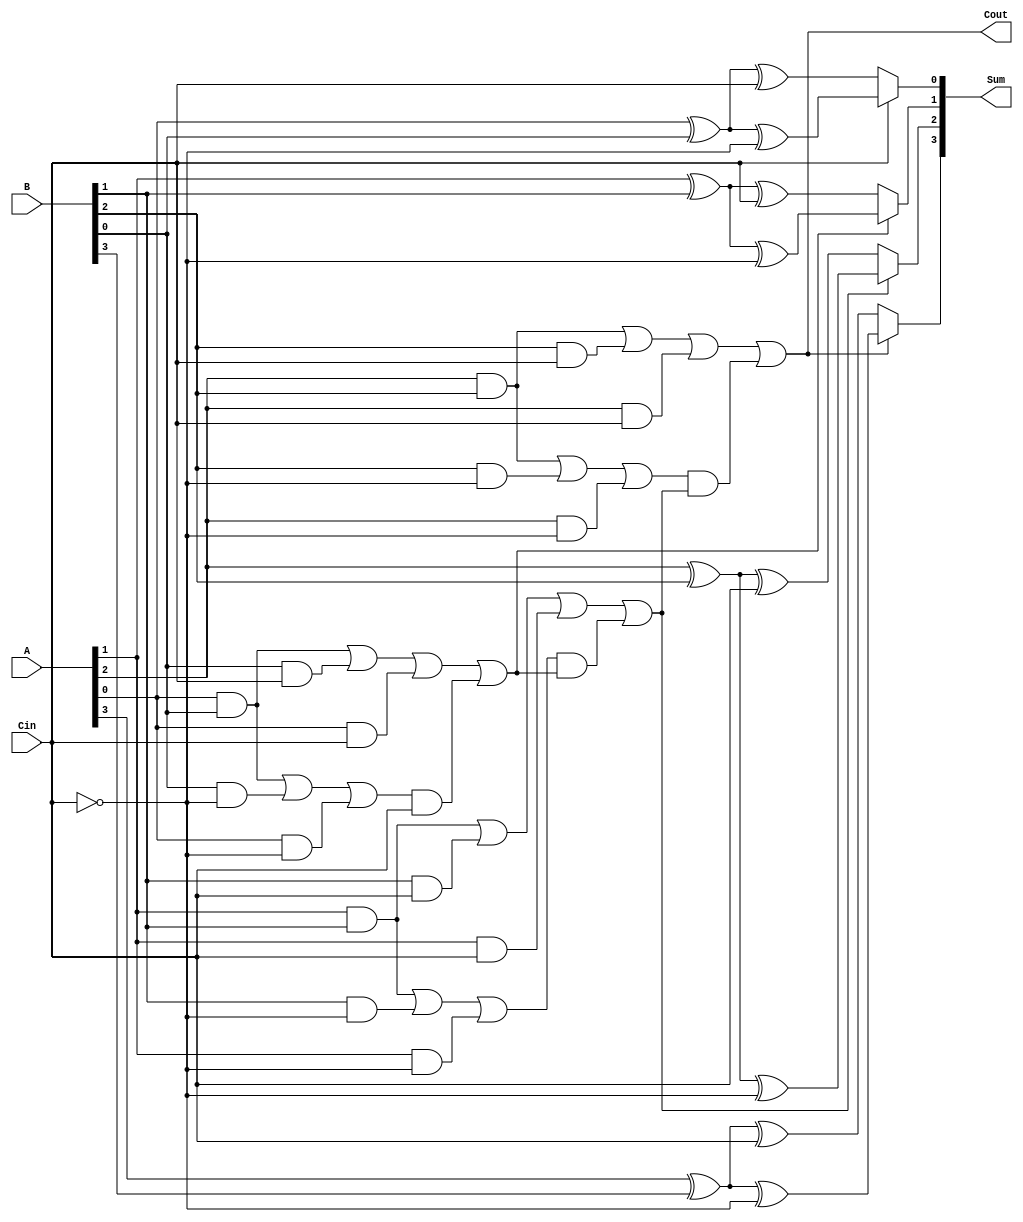
module conditional_sum_adder #(parameter N = 4) (
    input  [N-1:0] A,      // First n-bit input
    input  [N-1:0] B,      // Second n-bit input
    input         Cin,      // Carry-in
    output [N-1:0] Sum,     // n-bit sum output
    output        Cout       // Carry-out
);

    wire [N-1:0] S0;        // Partial sums when Cin = 0
    wire [N-1:0] S1;        // Partial sums when Cin = 1
    wire [N-1:0] C0;        // Carry-out when Cin = 0
    wire [N-1:0] C1;        // Carry-out when Cin = 1
    wire [N-1:0] carry;     // Carry signals for MUX selection

    // Generate partial sums and carry signals
    genvar i;
    generate
        for (i = 0; i < N; i = i + 1) begin : CSA
            // Partial sums
            assign S0[i] = A[i] ^ B[i] ^ Cin;                  // S0 when Cin = 0
            assign S1[i] = A[i] ^ B[i] ^ ~Cin;                 // S1 when Cin = 1
            
            // Carry generation
            assign C0[i] = (A[i] & B[i]) | (B[i] & Cin) | (A[i] & Cin); // Carry-out when Cin = 0
            assign C1[i] = (A[i] & B[i]) | (B[i] & ~Cin) | (A[i] & ~Cin); // Carry-out when Cin = 1
            
            // Carry selection
            if (i == 0) begin
                assign carry[i] = Cin; // First carry is the input Cin
            end else begin
                assign carry[i] = C0[i-1] | (C1[i-1] & carry[i-1]); // Carry selection logic
            end
        end
    endgenerate

    // Final sum selection using MUX
    generate
        for (i = 0; i < N; i = i + 1) begin : SUM_MUX
            assign Sum[i] = carry[i] ? S1[i] : S0[i]; // Select between S0 and S1 based on carry
        end
    endgenerate

    // Final carry-out
    assign Cout = carry[N-1]; // Carry-out from the last bit

endmodule